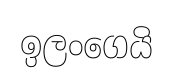
ඉලංගෙයි